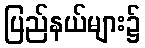
ပြည်နယ်များ၌